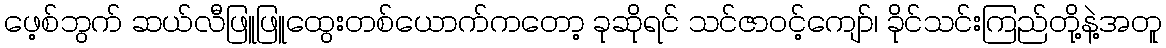
ဖေ့စ်ဘွက် ဆယ်လီဖြူဖြူထွေးတစ်ယောက်ကတော့ ခုဆိုရင် သင်ဇာဝင့်ကျော်၊ ခိုင်သင်းကြည်တို့နဲ့အတူ